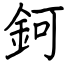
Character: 鈳